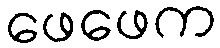
ဖေဖေက